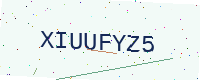
Text: XIUUFYZ5